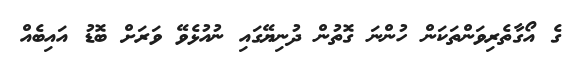
ގެ އޯގާތެރިވަންތަކަން ހުންނަ ގޮތުން ދުނިޔޭގައި ނުއުޅެވޭ ވަރަށް ބޮޑު އައިބެއް